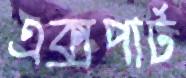
এক্সপার্ট